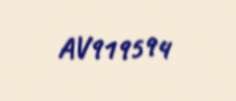
AV919594